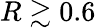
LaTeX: R\gtrsim 0.6